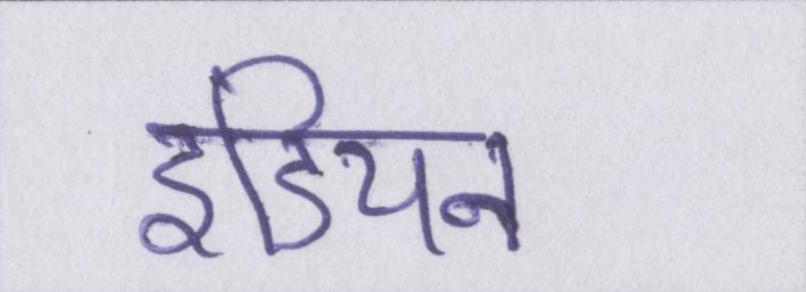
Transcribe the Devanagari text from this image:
इंडियन